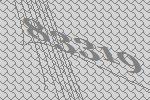
83319